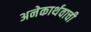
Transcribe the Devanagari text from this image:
अनेकार्थवाची